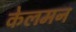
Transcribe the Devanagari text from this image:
केलमन